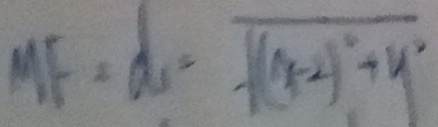
M F = d = \sqrt { ( x - 2 ) ^ { 2 } + y ^ { 2 } }